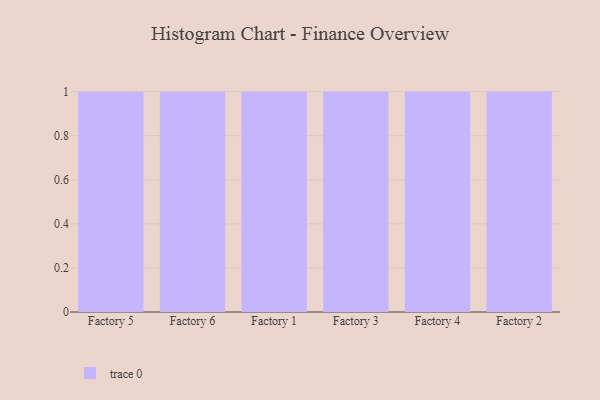
{"axis": {"x": "Factory", "y": "Market Share (%)"}, "legend": [""], "data": [{"x": "Factory 5", "y": 53, "type": ""}, {"x": "Factory 6", "y": 62, "type": ""}, {"x": "Factory 1", "y": 53, "type": ""}, {"x": "Factory 3", "y": 32, "type": ""}, {"x": "Factory 4", "y": 10, "type": ""}, {"x": "Factory 2", "y": 64, "type": ""}]}